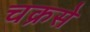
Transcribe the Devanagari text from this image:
चक्रसे